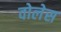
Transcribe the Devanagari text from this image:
वोलेस